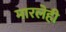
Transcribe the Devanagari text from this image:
मारलेही